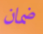
ضمان